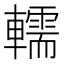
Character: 轜